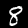
Digit: 8